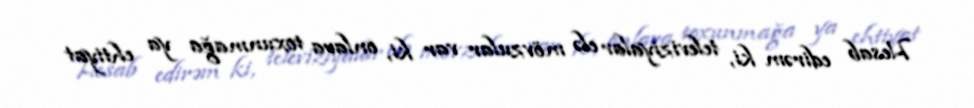
Hesab edirəm ki, televiziyalar elə mövzular var ki, onlara toxunmağa ya ehtiyat